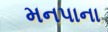
મનપાના